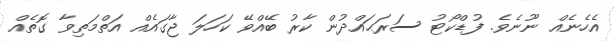
އެހެނެއް ނޫނެވެ. ފުޑްކޯޓު ސަރަޙައްދުން ކާރު ބޭއްވޭ ކަހަލަ ޖާގައެއް އަތްމަތިވާ ގޮތެއް